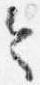
令